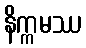
နိက္ကမဿ